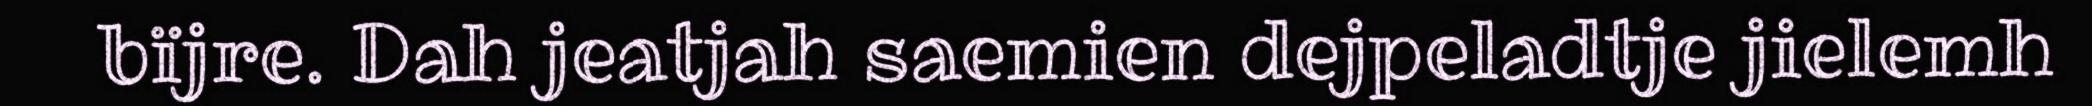
bïjre. Dah jeatjah saemien dejpeladtje jielemh